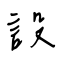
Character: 設